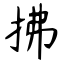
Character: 拂